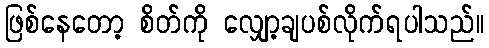
ဖြစ်နေတော့ စိတ်ကို လျှော့ချပစ်လိုက်ရပါသည်။